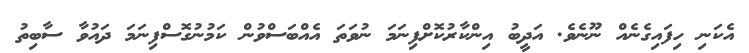
އެކަނި ހިފައިގެނެއް ނޫނެވެ. އަދީބު އިންކާރުކޮށްފިނަމަ ނުވަތަ އެއްބަސްވުން ކަމުނުގޮސްފިނަމަ ދައުވާ ސާބިތު